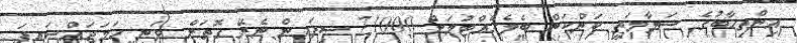
އިންތިޚާބުގެ ސަލާމަތީ ކަންކަން ބެލެހެއްޓުމަށް 71000 ސިފައިން ނެރޭ ގޮތަށް ވަނީ ހަމަޖައްސައިފަ